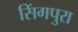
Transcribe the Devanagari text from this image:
सिंगपुरा